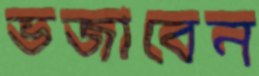
ভজাবেন